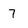
Character: 7